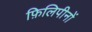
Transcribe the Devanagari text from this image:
फ़िलिपीनों